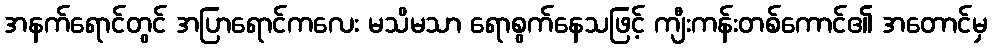
အနက်ရောင်တွင် အပြာရောင်ကလေး မသိမသာ ရောစွက်နေသဖြင့် ကျီးကန်းတစ်ကောင်၏ အတောင်မှ